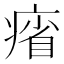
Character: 㾪